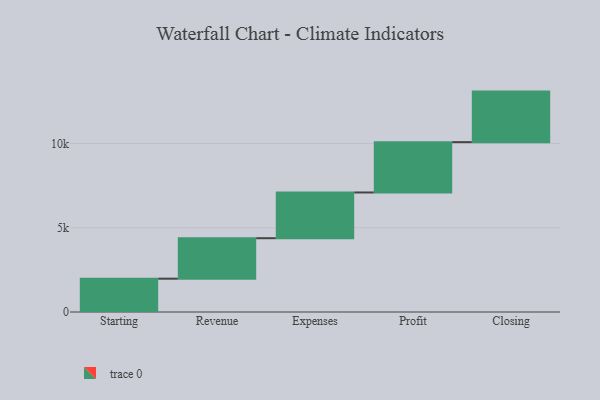
{"axis": {"x": "Step", "y": "Value"}, "legend": [""], "data": [{"x": "Starting", "y": 1977.0, "type": ""}, {"x": "Revenue", "y": 2402.0, "type": ""}, {"x": "Expenses", "y": 2715.0, "type": ""}, {"x": "Profit", "y": 2986.0, "type": ""}, {"x": "Closing", "y": 3000, "type": ""}]}